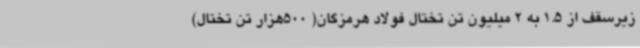
زیرسقف از 1.5 به 2 میلیون تن تختال فولاد هرمزگان( 500هزار تن تختال)